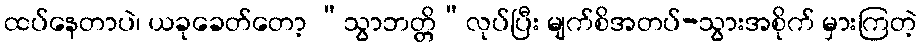
ထပ်နေတာပဲ၊ ယခုခေတ်တော့ “သွာဘတ္တိ”လုပ်ပြီး မျက်စိအတပ်-သွားအစိုက် မှားကြတဲ့